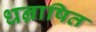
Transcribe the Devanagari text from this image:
धन्राषित